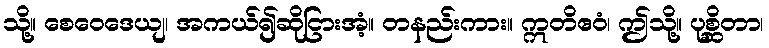
သို့။ စေဝေဒေယျ၊ အကယ်၍ဆိုငြားအံ့။ တနည်းကား။ ဣတိဧဝံ၊ ဤသို့။ ပုစ္ဆိတာ၊